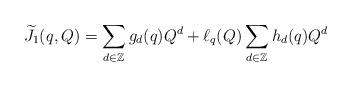
LaTeX: \begin{align*} \widetilde{J_1}(q,Q) = \sum_{d \in \mathbb{Z}} g_d(q) Q^d + \ell_q(Q) \sum_{d \in \mathbb{Z}} h_d(q) Q^d \end{align*}